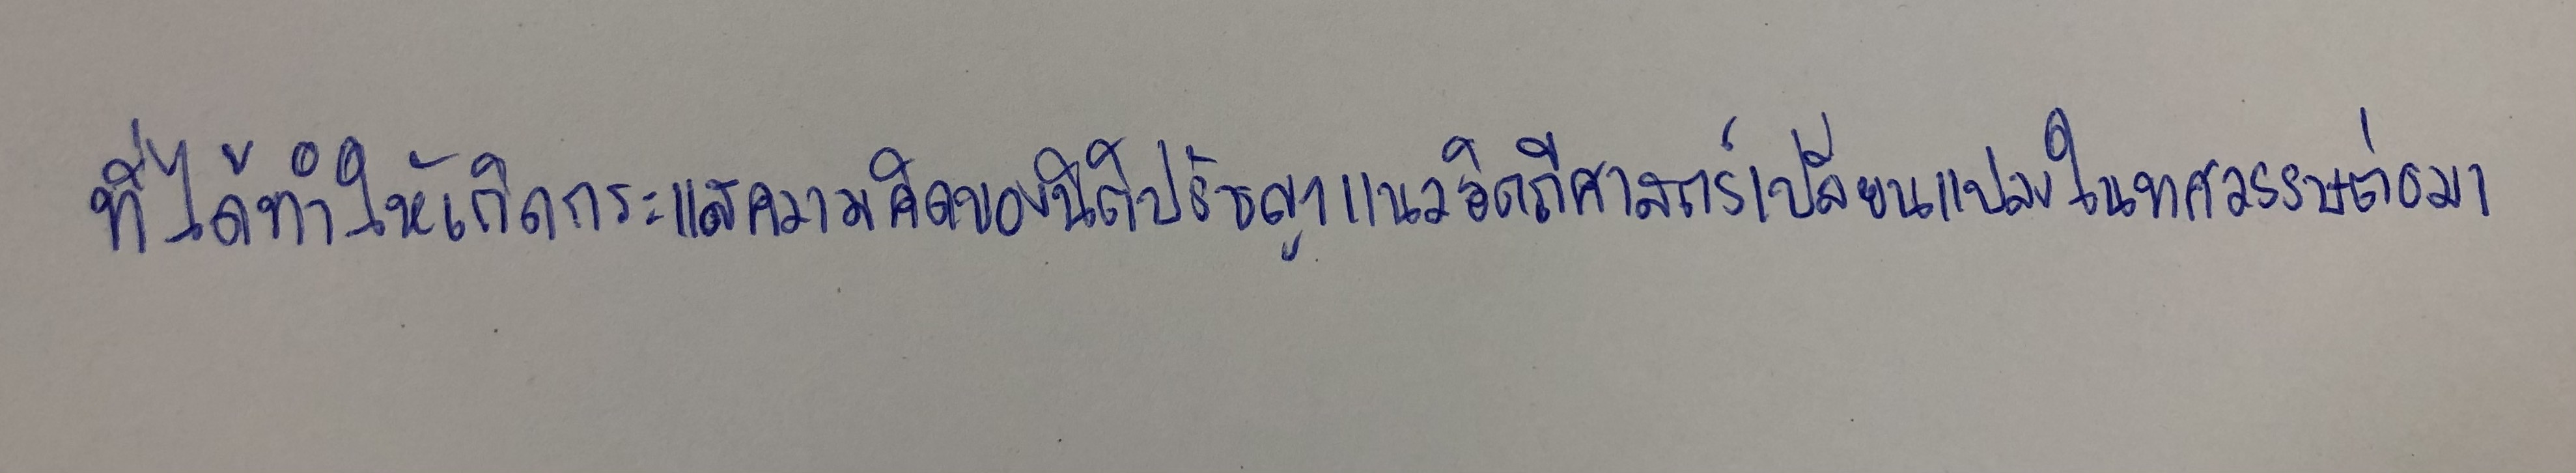
ที่ได้ทำให้เกิดกระแสความคิดของนิติปรัชญาแนวอิตถีศาสตร์เปลี่ยนแปลงไปในทศวรรษต่อมา